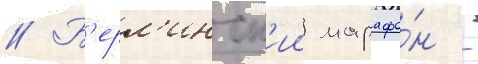
// Б'ерл'инск'ии марафо́н -